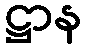
ဋ္ဌာန